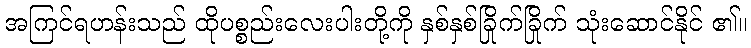
အကြင်ရဟန်းသည် ထိုပစ္စည်းလေးပါးတို့ကို နှစ်နှစ်ခြိုက်ခြိုက် သုံးဆောင်နိုင် ၏။